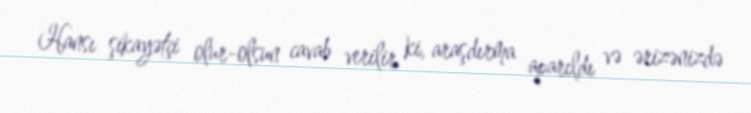
Hansı şikayətçi olur-olsun cavab verilir ki, araşdırma aparıldı və ərizənizdə